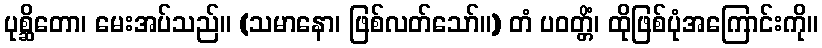
ပုစ္ဆိတော၊ မေးအပ်သည်။ (သမာနော၊ ဖြစ်လတ်သော်။) တံ ပဝတ္တိံ၊ ထိုဖြစ်ပုံအကြောင်းကို။